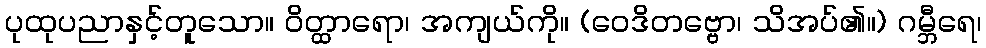
ပုထုပညာနှင့်တူသော။ ဝိတ္ထာရော၊ အကျယ်ကို။ (ဝေဒိတဗ္ဗော၊ သိအပ်၏။) ဂမ္ဘီရေ၊